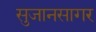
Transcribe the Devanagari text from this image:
सुजानसागर